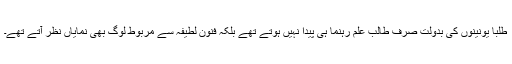
طلبا یونینوں کی بدولت صرف طالب علم رہنما ہی پیدا نہیں ہوتے تھے بلکہ فنون لطیفہ سے مربوط لوگ بھی نمایاں نظر آتے تھے۔